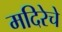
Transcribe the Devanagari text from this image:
मदिरेचे